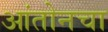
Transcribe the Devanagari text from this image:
आंतोनचा